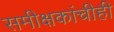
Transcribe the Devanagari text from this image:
समीक्षकांचीही